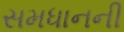
સમધાનની